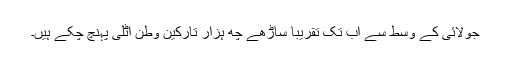
جولائی کے وسط سے اب تک تقريباً ساڑھے چھ ہزار تارکين وطن اٹلی پہنچ چکے ہيں۔